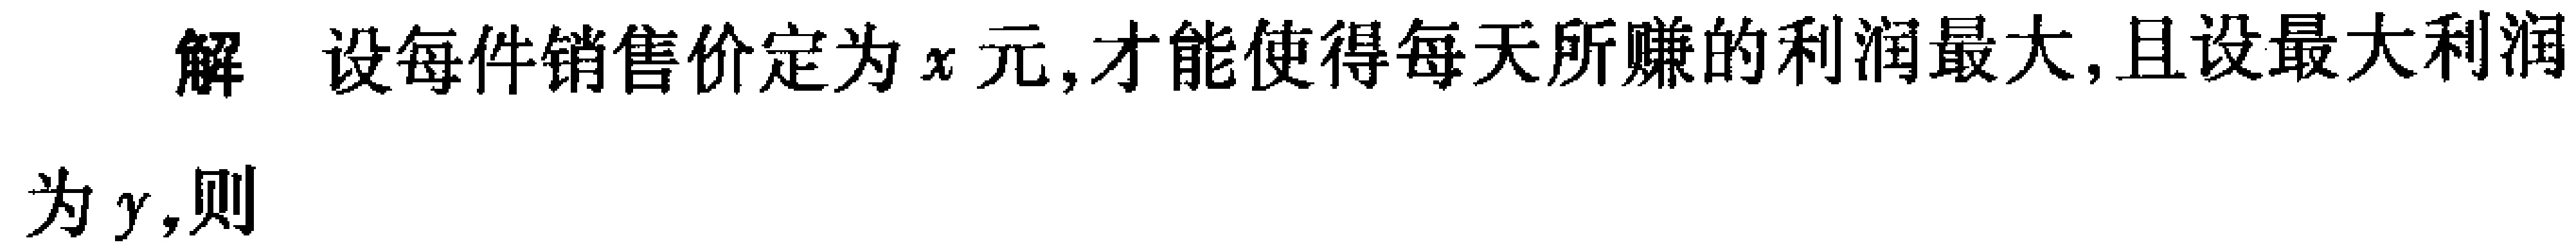
解 设每件销售价定为\(x\)元,才能使得每天所赚的利润最大,且设最大利润为\(y\),则